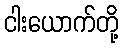
ငါးယောက်တို့